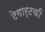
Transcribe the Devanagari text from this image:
टेगार्टकी